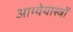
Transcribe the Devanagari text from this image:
आग्येयास्त्रों